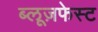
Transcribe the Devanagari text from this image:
ब्लूज़फेस्ट